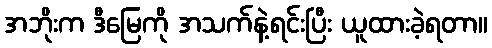
အဘိုးက ဒီမြေကို အသက်နဲ့ရင်းပြီး ယူထားခဲ့ရတာ။